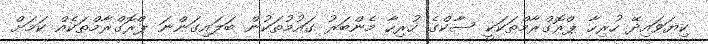
ކިޔަވައިދޭ ހުރިހާ ޕްރޮގްރާމްތަކަކީ ސާކްގެ ހުރިހާ މެންބަރު ގައުމުތަކުން ބަލައިގަންނަ ޕްރޮގްރާމްތަކެއް ކަމަށް